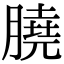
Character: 膮